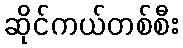
ဆိုင်ကယ်တစ်စီး